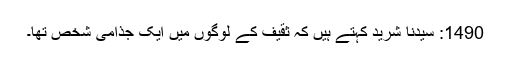
1490: سیدنا شریدؓ کہتے ہیں کہ ثقیف کے لوگوں میں ایک جذامی شخص تھا۔